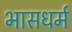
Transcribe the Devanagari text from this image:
भासधर्म